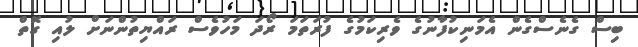
ބިސް ގެނެސްގެން އެމަނިކުފާނުގެ ވެރިކަމުގެ ފުރަތަމަ ރޯދަ މަހުވެސް ރައްޔިތުންނަށް ލުއި ގޮތް